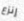
إنزع